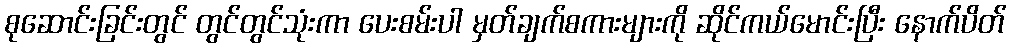
စုဆောင်းခြင်းတွင် တွင်တွင်သုံးကာ ပေးစမ်းပါ မှတ်ချက်စကားများကို ဆိုင်ကယ်မောင်းပြီး နောက်ပိတ်